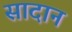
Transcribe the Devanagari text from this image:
सादान